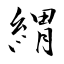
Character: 緭